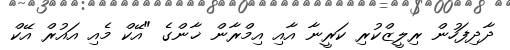
ދާދިފަހުން ރިލީޒްކުރި ކަރީނާ އާއި އިމްރާން ޚާންގެ "އޭކް މެއި އައުރް އޭކް